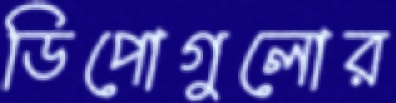
ডিপোগুলোর